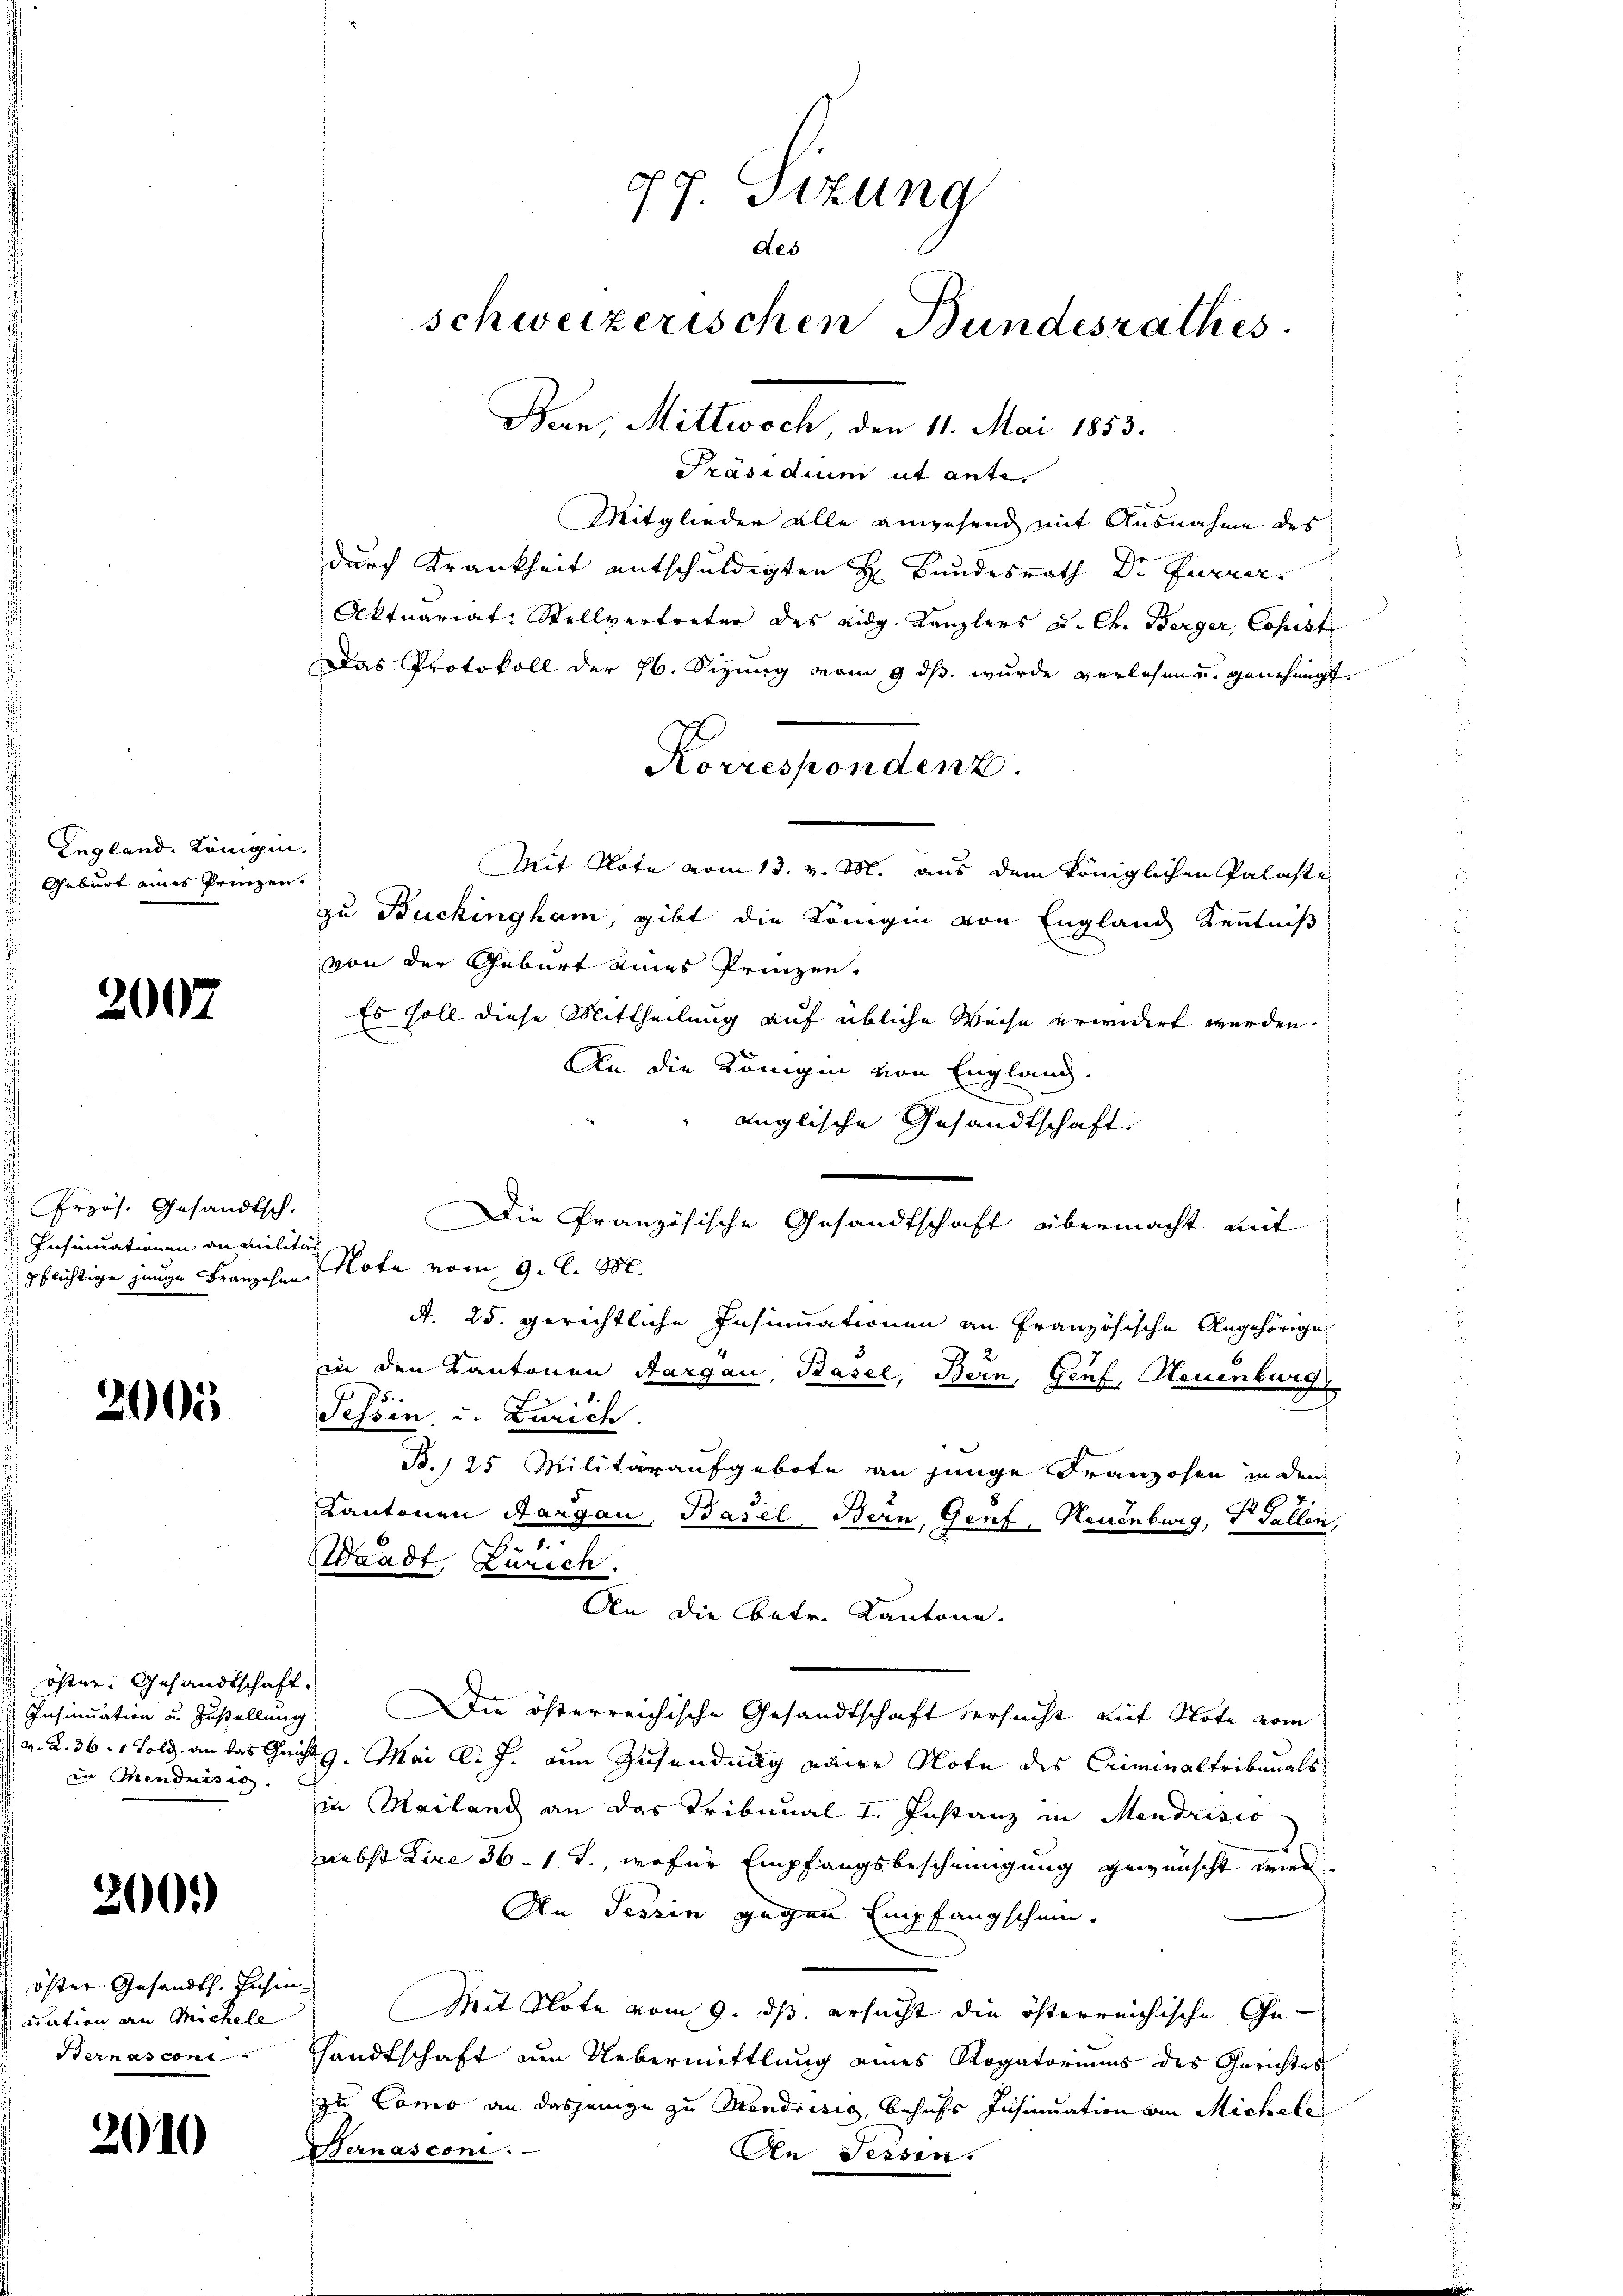
England, Königen.
Geburt eines Prinzen.

2007

Przös. Gesandtsch.
Insinuationen an Militär
pflichtige junge Franzosen Nota vom 9. l. M.

2005

öfter. Gesandtschaft.
Insinuation u. Zustellung
in Mendnisig

260)

öster Gesandth. Jahr
uation an Michele
Sternas con

2010

Präsidium ut ante.
Mitglieder alle angesend mit Ausnahme des
durch Krankheit entschuldigten H. Bundesrath Dr Furrer,
Aktuariat-Stellvertreter des eidg. Kanzlers u. Ch. Berger Copist
Das Protokoll der 76. Sizung vom 9 ds. wurde verlesen u. genehmigt.
Mit Note vom 13. v. M. aus dem Königlichen Palaste
zu Buckingham, gibt die Königin von England Kenntniß
von der Geburt eines Prinzen.
Es soll diese Mittheilung auf übliche Weise erwidert werden.
An die Königin von England.
änglische Gesandtschaft.

Die Französische Gesandtschaft übermacht mit
A. 25. gerichtliche Insinuationen an Französische Angehörige
in den Kantonen Aargau, Basel, Bern, Genf, Neuenburg
Tessin, u. Zürich.
B., 25 Militäraufgebote von junge Franzosen in den
Kantonen Aargau, Basel, Bern, Genf, Neuenburg, PGallen,
Waadt Zürich.
An die Contr. Kantone.
Die österreichische Gesandtschaft versucht auf Note vom
v. R. 361 Told, an das Gericht. Mai l. J. zum Zusendung eine Note des Criminaltribunals
in Mailand an das Tribunal I. Instanz in Mendrisio
nebst Dire 36. 1. J., wofür Empfangsbescheinigung gewünscht wird.
An Tessin gegen Empfangschein.
Mit Note vom 9. ds. ersucht die österreichische Ge-
Handtschaft um Uebermittlung eines Rogatoriums des Gerichtes
zu Como an dasjenige zu Mendrisig, behufs Insinuation am Michelei
Hernasconi
An Tessen.

Pf. Sizung
des
schweizerischen Bundesrathes.
Ban, Mittwoch den 11. Mai 1883.

Korrespondenz.